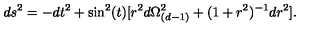
d s ^ { 2 } = - d t ^ { 2 } + \sin ^ { 2 } ( t ) [ r ^ { 2 } d \Omega _ { ( d - 1 ) } ^ { 2 } + ( 1 + r ^ { 2 } ) ^ { - 1 } d r ^ { 2 } ] .